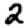
Digit: 2